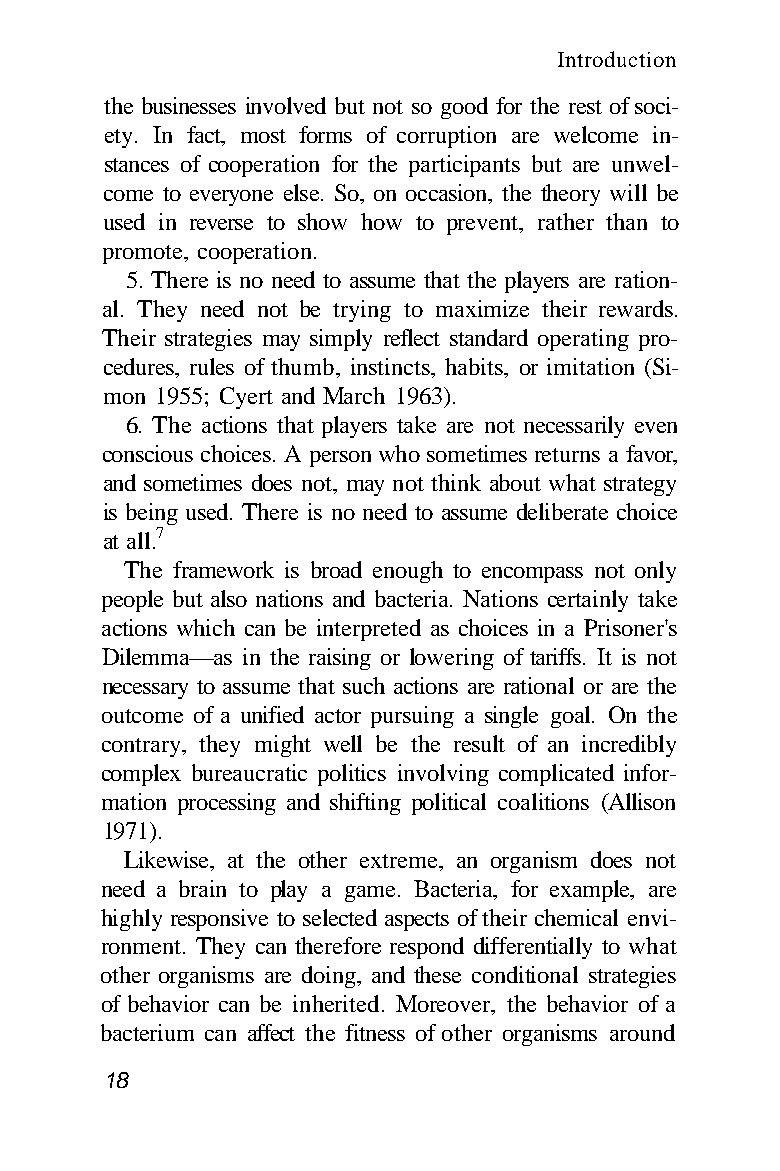
Introduction
 the businesses involved but not so good for the rest of soci-
 ety. In fact, most forms of corruption are welcome in-
 stances of cooperation for the participants but are unwel-
 come to everyone else. So, on occasion, the theory will be
 used in reverse to show how to prevent, rather than to
 promote, cooperation.
 5. There is no need to assume that the players are ration-
 al. They need not be trying to maximize their rewards.
 Their strategies may simply reflect standard operating pro-
 cedures, rules of thumb, instincts, habits, or imitation (Si-
 mon 1955; Cyert and March 1963).
 6. The actions that players take are not necessarily even
 conscious choices. A person who sometimes returns a favor,
 and sometimes does not, may not think about what strategy
 is being used. There is no need to assume deliberate choice
 at all.7
 The framework is broad enough to encompass not only
 people but also nations and bacteria. Nations certainly take
 actions which can be interpreted as choices in a Prisoner's
 Dilemma—as in the raising or lowering of tariffs. It is not
 necessary to assume that such actions are rational or are the
 outcome of a unified actor pursuing a single goal. On the
 contrary, they might well be the result of an incredibly
 complex bureaucratic politics involving complicated infor-
 mation processing and shifting political coalitions (Allison
 1971).
 Likewise, at the other extreme, an organism does not
 need a brain to play a game. Bacteria, for example, are
 highly responsive to selected aspects of their chemical envi-
 ronment. They can therefore respond differentially to what
 other organisms are doing, and these conditional strategies
 of behavior can be inherited. Moreover, the behavior of a
 bacterium can affect the fitness of other organisms around
 18